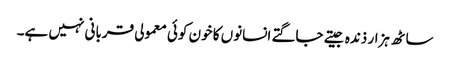
ساٹھ ہزار ذندہ جیتے جاگتے انسانوں کا خون کوئی معمولی قربانی نہیں ہے۔